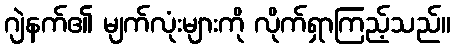
ဂျဲနက်၏ မျက်လုံးများကို လိုက်ရှာကြည့်သည်။